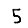
Digit: 5